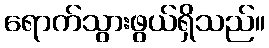
ရောက်သွားဖွယ်ရှိသည်။